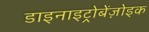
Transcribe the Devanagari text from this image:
डाइनाइट्रोबेंज़ोइक